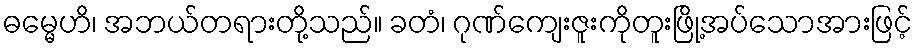
ဓမ္မေဟိ၊ အဘယ်တရားတို့သည်။ ခတံ၊ ဂုဏ်ကျေးဇူးကိုတူးဖြို့အပ်သောအားဖြင့်